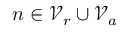
n \in \mathcal { V } _ { r } \cup \mathcal { V } _ { a }